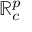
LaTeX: \mathbb { R } _ { c } ^ { p }